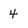
Character: 4